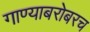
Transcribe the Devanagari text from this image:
गाण्याबरोबरच